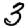
Digit: 3